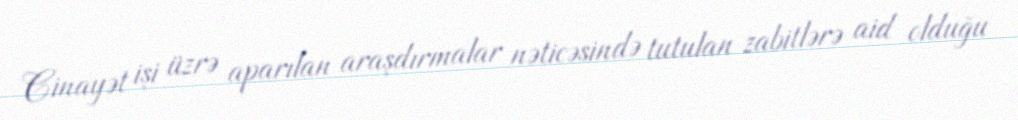
Cinayət işi üzrə aparılan araşdırmalar nəticəsində tutulan zabitlərə aid olduğu